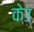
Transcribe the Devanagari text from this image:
केउ